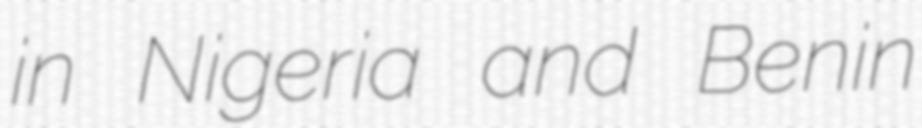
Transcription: in Nigeria and Benin